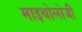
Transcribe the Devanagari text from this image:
माइथोलोजी